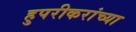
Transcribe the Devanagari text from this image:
हुपरीकरांच्या